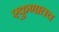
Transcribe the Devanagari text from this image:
एकुणातच